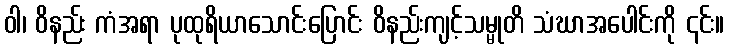
ဝါ၊ ဝိနည်း ကံအရာ ပုထုရိယာသောင်းပြောင်း ဝိနည်းကျင့်သမ္မုတိ သံဃာအပေါင်းကို ၎င်း။